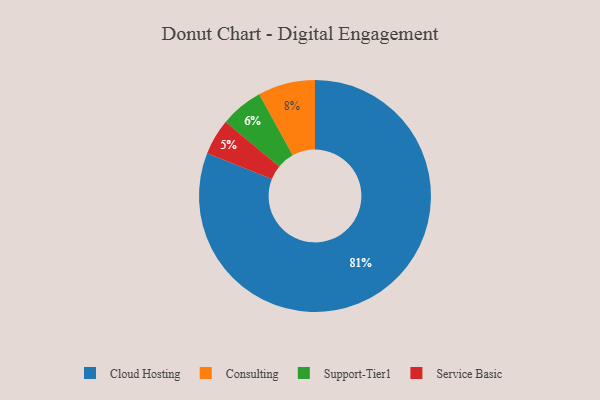
{"axis": {"x": "Category", "y": "Percentage"}, "legend": ["Cloud Hosting", "Consulting", "Service Basic", "Support-Tier1"], "data": [{"x": "Consulting", "y": 8, "type": "Consulting"}, {"x": "Support-Tier1", "y": 6, "type": "Support-Tier1"}, {"x": "Cloud Hosting", "y": 81, "type": "Cloud Hosting"}, {"x": "Service Basic", "y": 5, "type": "Service Basic"}]}